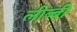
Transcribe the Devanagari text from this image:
लीब्बी